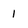
Character: 1